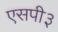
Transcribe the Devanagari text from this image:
एसपी३